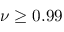
\nu \ge 0 . 9 9